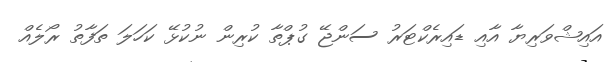
އައިޝްވަރިޔާ އާއި ޑައިރެކްޓަރު ސަންޖޭ ގުޕްތާ ކުރިން ނުކުޅޭ ކަހަލަ ތަފާތު ރޯލެެއް